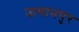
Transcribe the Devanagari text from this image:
जमानपुर